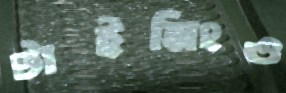
টাইমিংও